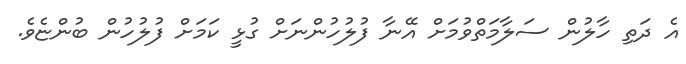
އެ ދަތި ހާލުން ސަލާމަތްވުމަށް އޭނާ ފުލުހުންނަށް ގުޅީ ކަމަށް ފުލުހުން ބުންޏެވެ.